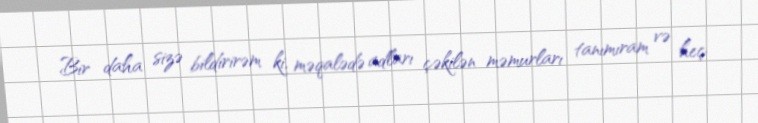
Bir daha sizə bildirirəm ki, məqalədə adları çəkilən məmurları tanımıram və heç